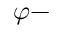
\varphi -